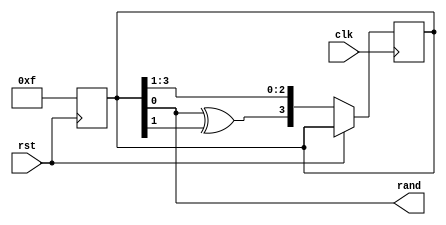
module PRBS_SEQUENCE_GENERATOR(
input clk,rst,
output rand
);

reg [3:0] temp;
always@(posedge rst)
begin
temp <= 4'hf;
end
always@(posedge clk)
begin
if (~rst)
begin
temp <= {temp[0]^temp[1],temp[3],temp[2],temp[1]};
end
end
assign rand = temp[0];
endmodule

// Testbench for a 4-bit PRBS Generator

module tb_PRBS_SEQUENCE_GENERATOR;
  reg clk;
  reg rst;
  wire rand; // 4-bit PRBS output

  // Instantiate the PRBS Generator module
  PRBS_SEQUENCE_GENERATOR uut (
    .clk(clk),
    .rst(rst),
    .rand(rand)
  );

  // Clock generation
  always begin
    #5 clk = ~clk; // Toggle the clock every 5 time units
  end

  // Reset generation
  initial begin
    rst = 1; // Apply reset
    #10 rst = 0; // Release reset after 10 time units
  end

  // Monitor PRBS output and display
  initial begin
    $display("Time\tPRBS Output");
    $monitor("%d\t%b", $time, rand);
    #100; // Simulate for some time (adjust as needed)
    $finish; // End simulation
  end

endmodule